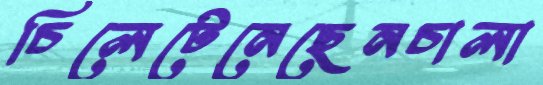
চিলেটেনেছেনচালা